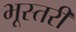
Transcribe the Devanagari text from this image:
भूस्तरी